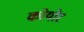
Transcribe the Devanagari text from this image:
कोयोर